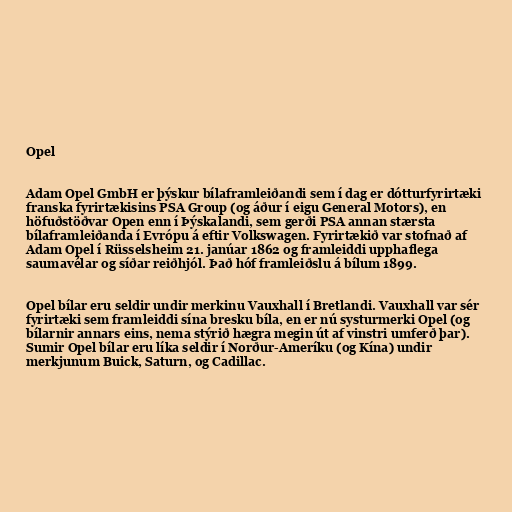
Opel

Adam Opel GmbH er þýskur bílaframleiðandi sem í dag er dótturfyrirtæki
franska fyrirtækisins PSA Group (og áður í eigu General Motors), en
höfuðstöðvar Open enn í Þýskalandi, sem gerði PSA annan stærsta
bílaframleiðanda í Evrópu á eftir Volkswagen. Fyrirtækið var stofnað af
Adam Opel í Rüsselsheim 21. janúar 1862 og framleiddi upphaflega
saumavélar og síðar reiðhjól. Það hóf framleiðslu á bílum 1899.

Opel bílar eru seldir undir merkinu Vauxhall í Bretlandi. Vauxhall var sér
fyrirtæki sem framleiddi sína bresku bíla, en er nú systurmerki Opel (og
bílarnir annars eins, nema stýrið hægra megin út af vinstri umferð þar).
Sumir Opel bílar eru líka seldir í Norður-Ameríku (og Kína) undir
merkjunum Buick, Saturn, og Cadillac.